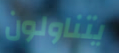
يتناولون